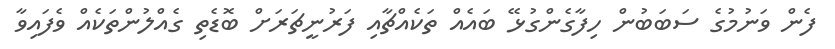
ފެން ވަނުމުގެ ސަބަބުން ހިފާގެންގުޅޭ ބައެއް ތަކެއްޗާއި ފަރުނީޗަރަށް ބޮޑެތި ގެއްލުންތަކެއް ވެފައިވާ